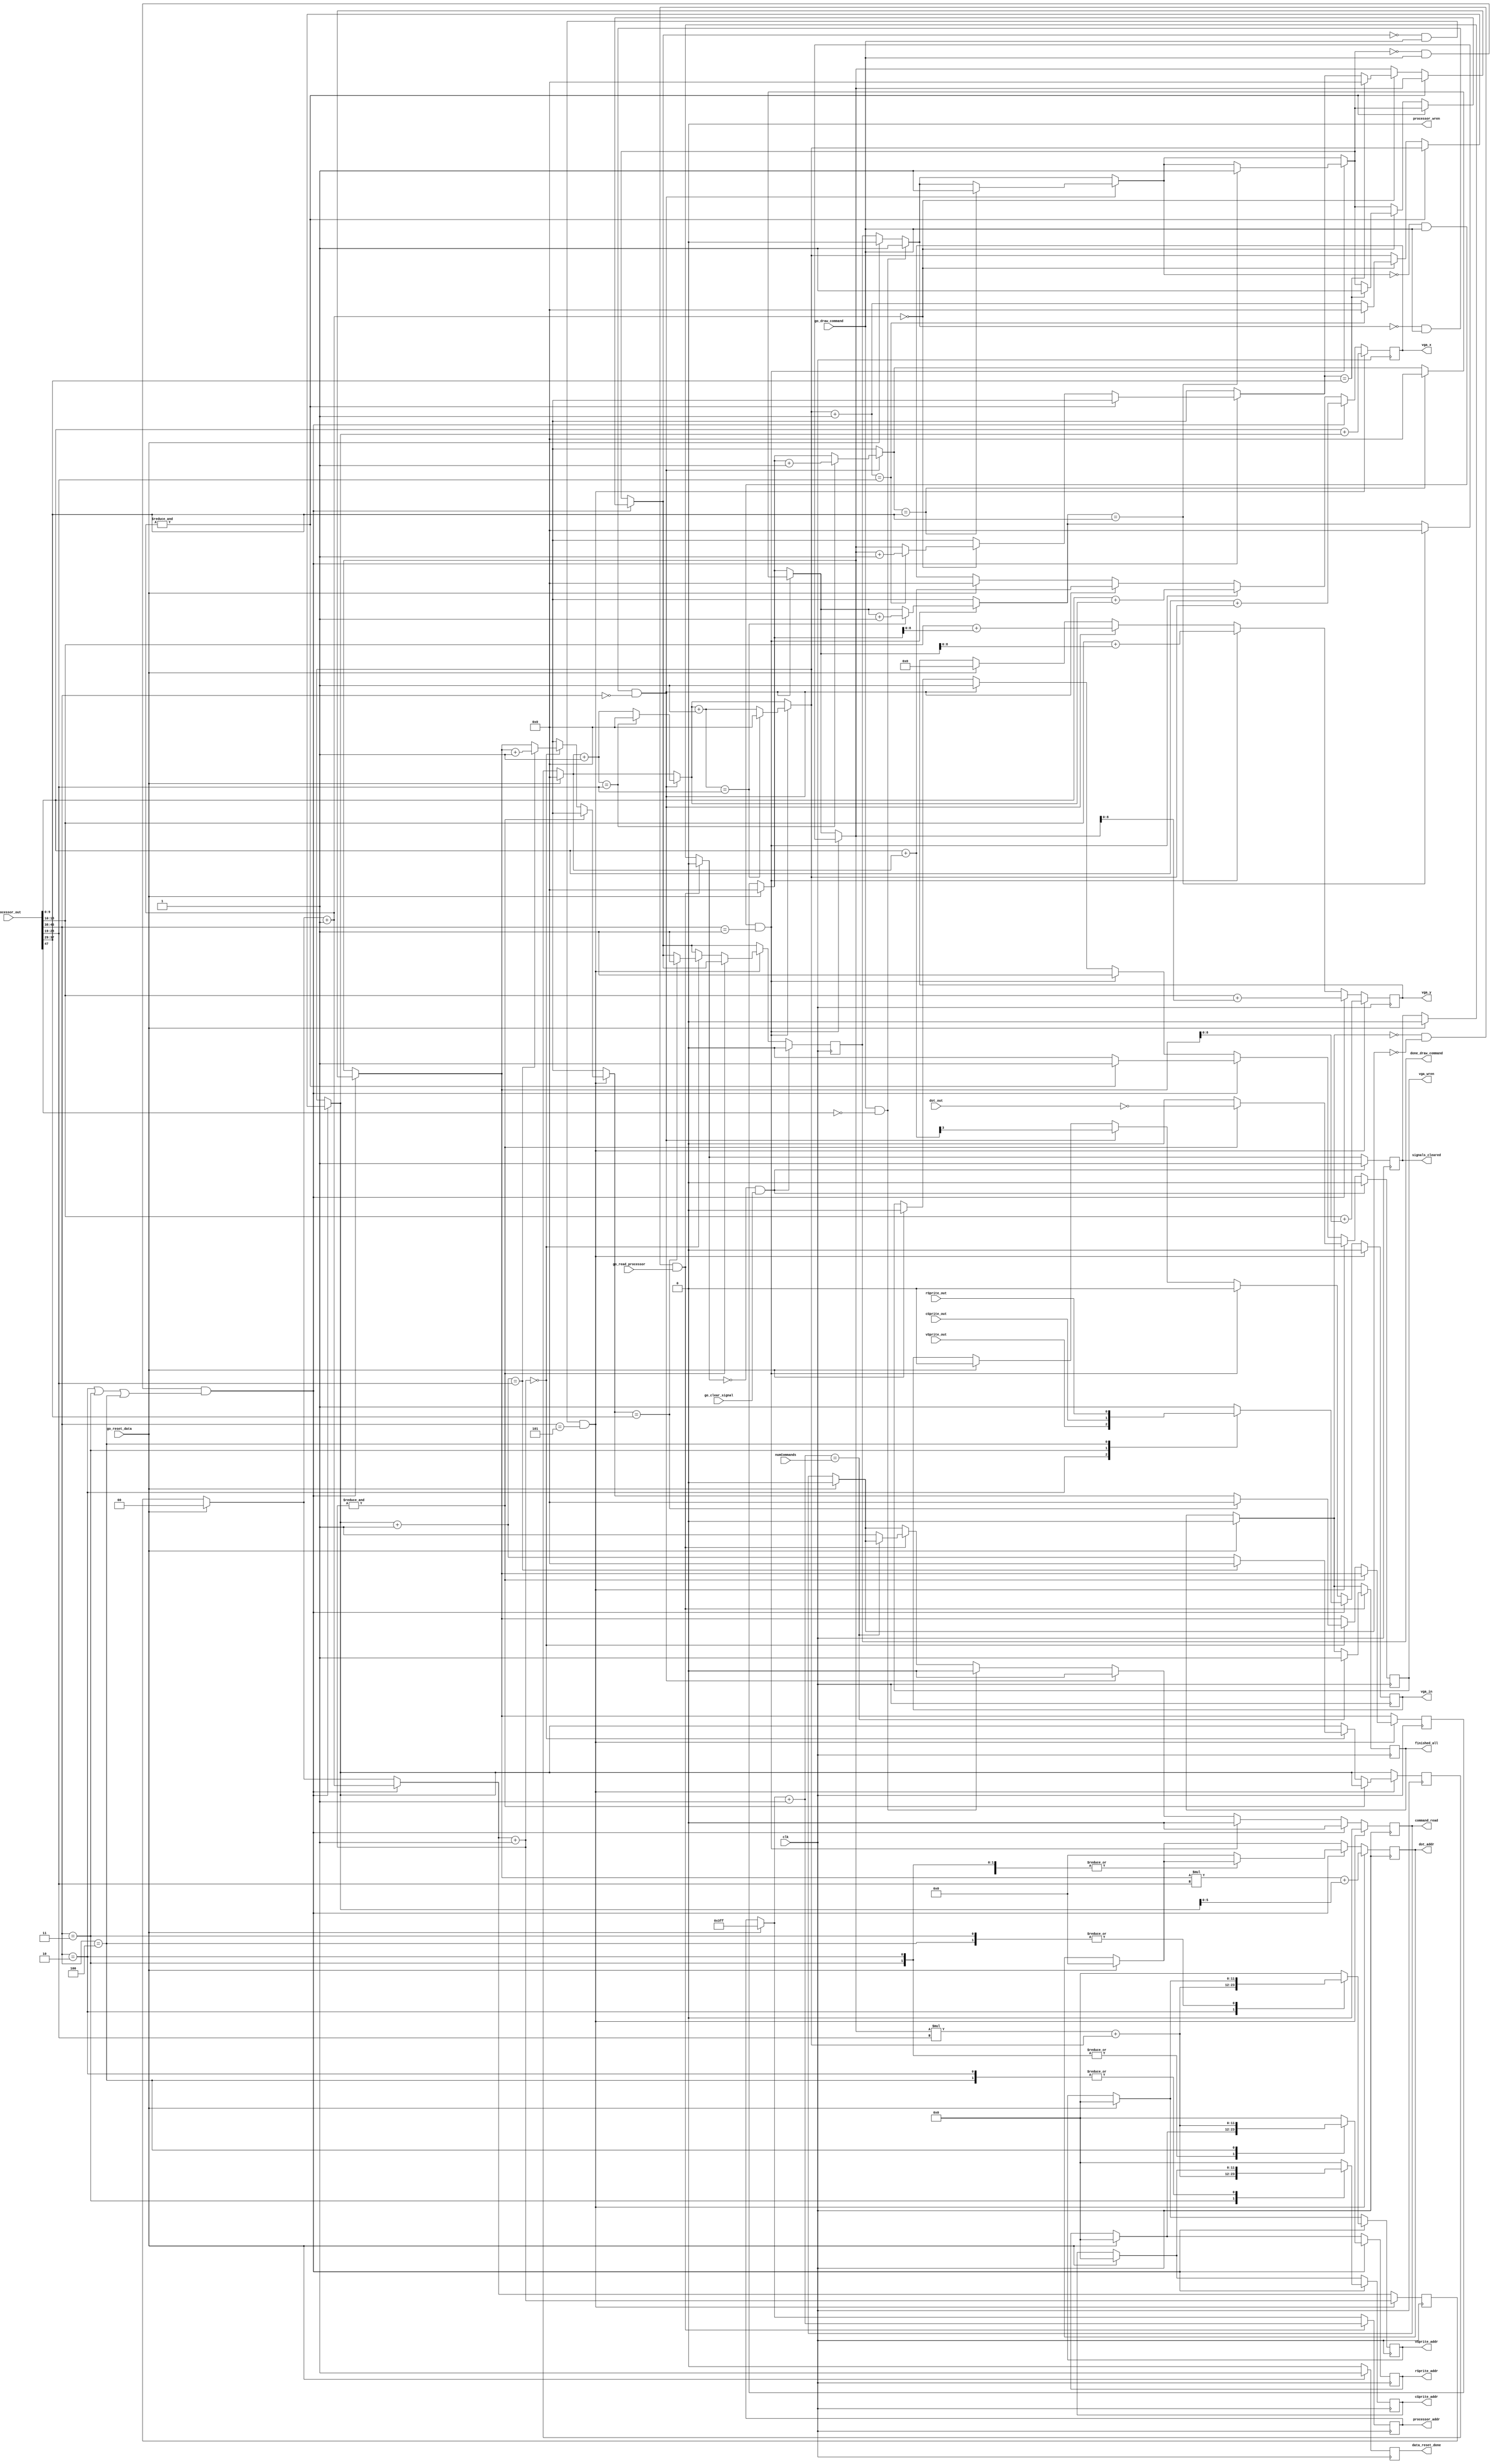
`timescale 1ns/1ns

module drawCircuit_datapath(
		// FPGA inputs
		input clk,
		// Input handshakes
		input go_reset_data, go_read_processor, go_clear_signal, go_draw_command,
		
		// Output hanshakes
		output reg data_reset_done, finished_all, command_read, signals_cleared,
		output reg done_draw_command,
		
		// RAM: processor 1024x48
		output reg [9:0] processor_addr,
		output processor_wren,
		input [47:0] processor_out,
		
		// VGA
		output reg [9:0] vga_x,
		output reg [8:0] vga_y,
		output reg vga_in, vga_wren,
		
		// Circuit Element Sprites
		output reg [11:0] vSprite_addr, cSprite_addr, rSprite_addr, 
		input vSprite_out, cSprite_out, rSprite_out,
		
		output reg [5:0] dot_addr,
		input dot_out,
		
		// Misc
		input [9:0] numCommands

	);
	
	assign processor_wren = 0;
	
	wire go;
	wire [8:0] go_code;
	wire [9:0] left, width;
	wire [8:0] top, height;
	
	assign go = processor_out[47];
	assign go_code = processor_out[46:38];
	assign left = processor_out[9:0];
	assign top = processor_out[18:10];
	assign width = processor_out[28:19];
	assign height = processor_out[37:29];
	
	reg [9:0] x_counter, y_counter;
	reg [1:0] ram_delay = 0;
	// name: draw_processor
	// Handle: filled node lines, dashed node lines, straight wires, vSprite, cSprite, rSprite, dot, 
	// mouse normal sprite, mouse select sprite, mouser grab sprite, digits, decimal point, 'E', `V`, `A`, `ohm`
	// 47-bit, 1024 words
	// bit [47]: 1-do this command; 0-skip this command
	// bit [46:38]: 9-bit, the type of stuff being drawed
	// bit [37:29]: 9-bit, height of the shape
	// bit [28:19]: 10-bit, width of the shape
	// bit [18:10]: 9-bit, topmost position
	// bit [9:0]: 10-bit, leftmost position
	
	always @(posedge clk) begin: datapath
		if (go_reset_data) begin
			command_read = 0;
			finished_all = 0;
			signals_cleared = 0;
			
			done_draw_command = 0;
			
			processor_addr = {10{1'b1}};
			vga_x = 0;
			vga_y = 0;
			vga_in = 0;
			vga_wren = 0;
			
			vSprite_addr = 0;
			cSprite_addr = 0;
			rSprite_addr = 0;
			dot_addr = 0;
			
			x_counter = 0;
			y_counter = 0;
			ram_delay = 0;
			data_reset_done = 1;
		end
		else begin
			data_reset_done = 0;
		end
		
		if (~finished_all & ~command_read & go_read_processor) begin
			signals_cleared = 0;
			
			processor_addr = processor_addr + 1;
			if (processor_addr == numCommands) begin
				finished_all = 1;
			end
			else begin
				command_read = 1;
			end
		end
		
		if (go_draw_command & ~go) begin
			command_read = 0;
			done_draw_command = 1;
		end
		
		// Draw dashed lines
		if (~done_draw_command & go_draw_command & (go_code == 9'd0)) begin
			command_read = 0;
			
			vga_x = left + x_counter;
			vga_y = top + y_counter;
			vga_in = vga_x[3];
			vga_wren = 1;
			
			x_counter = x_counter + 1;
			if (x_counter == width) begin
				x_counter = 0;
				y_counter = y_counter + 1;
			end
			
			if (y_counter == height) begin
				y_counter = 0;
				done_draw_command = 1;
			end
		end
		
		// Straight wire
		if (~done_draw_command & go_draw_command & go_code == 9'd1) begin
			command_read = 0;
			
			vga_x = left + x_counter;
			vga_y = top + y_counter;
			vga_in = 0;
			vga_wren = 1;
			
			x_counter = x_counter + 1;
			if (x_counter == width) begin
				x_counter = 0;
				y_counter = y_counter + 1;
			end
			
			if (y_counter == height) begin
				y_counter = 0;
				done_draw_command = 1;
			end
		end
		
		
		// Draw sprites
		// Draw vSprite, cSprite, rSprite
		if (~done_draw_command & go_draw_command & (go_code == 9'd2 | go_code == 9'd3 | go_code == 9'd4)) begin
			command_read = 0;
			
			case (go_code)
				2: begin
					vSprite_addr = y_counter * width + x_counter;
					vga_in = vSprite_out;
				end
				
				3: begin
					cSprite_addr = y_counter * width + x_counter;
					vga_in = cSprite_out;
				end
				
				4: begin
					rSprite_addr = y_counter * width + x_counter;
					vga_in = rSprite_out;
				end
				
				default: begin
					vSprite_addr = 0;
					cSprite_addr = 0;
					rSprite_addr = 0;
					dot_addr = 0;
					vga_in = 1;
				end
			endcase
			
			vga_x = left + x_counter;
			vga_y = top + y_counter;
			vga_wren = 0;
			
			ram_delay = ram_delay + 1;
			if (&ram_delay) begin
				vga_wren = 1;
			end
			else if (!ram_delay) begin
				x_counter = x_counter + 1;
				if (x_counter == width) begin
					x_counter = 0;
					y_counter = y_counter + 1;
				end
			
				if (y_counter == height) begin
					y_counter = 0;
					done_draw_command = 1;
				end
			end
		end
		
		// Node dot sprite
		if (~done_draw_command & go_draw_command & go_code == 9'd5) begin
			command_read = 0;
			
			dot_addr = y_counter * width + x_counter;
			vga_x = left + x_counter;
			vga_y = top + y_counter;
			vga_in = 0;
			vga_wren = 0;
			
			ram_delay = ram_delay + 1;
			if (&ram_delay) begin
				vga_wren = ~dot_out;
			end
			else if (!ram_delay) begin
				x_counter = x_counter + 1;
				if (x_counter == width) begin
					x_counter = 0;
					y_counter = y_counter + 1;
				end
			
				if (y_counter == height) begin
					y_counter = 0;
					done_draw_command = 1;
				end
			end
		end
		
		
		if (~signals_cleared & go_clear_signal) begin
			done_draw_command = 0;
			
			vga_wren = 0;
			signals_cleared = 1;
		end
		
	end
	
	
endmodule